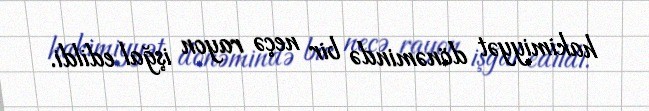
hakimiyyət dönəmində bir neçə rayon işğal edildi.